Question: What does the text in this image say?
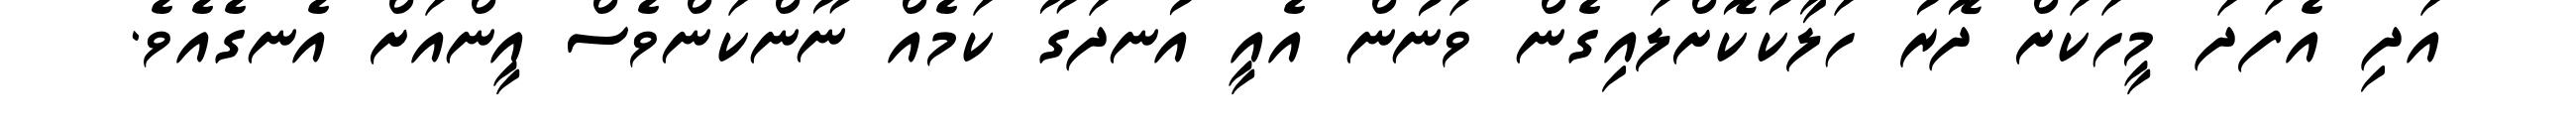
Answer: އަދި އެފަދަ މީހަކަށް ދޮރު ހަލާކުކޮށްލައިގެން ވަނުން އެއީ އުނދަގޫ ކަމެއް ނޫންކަންވެސް އީންއަށް އެނގެއެވެ.